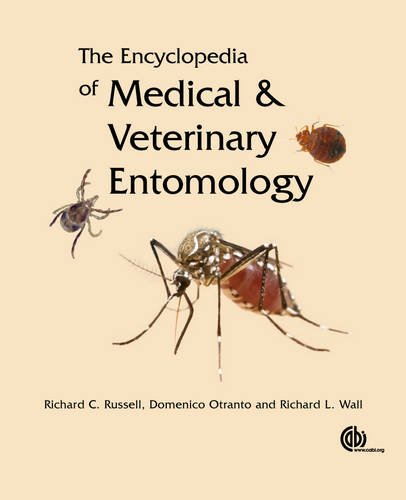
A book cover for The Encyclopedia of Medical and Veterinary Entomology; Richard C. Russell; Reference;